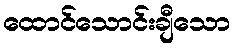
ထောင်သောင်းချီသော